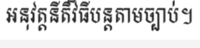
អនុវត្តនីតិវិធីបន្តតាមច្បាប់។